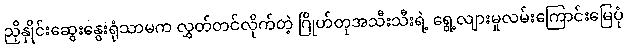
ညှိနှိုင်းဆွေးနွေးရုံသာမက လွှတ်တင်လိုက်တဲ့ ဂြိုဟ်တုအသီးသီးရဲ့ ရွေ့လျားမှုလမ်းကြောင်းမြေပုံ